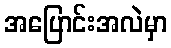
အပြောင်းအလဲမှာ